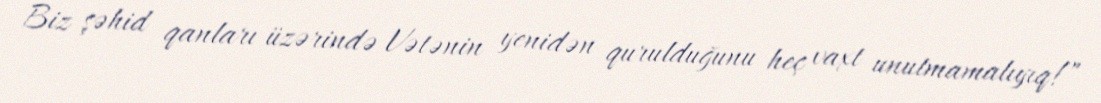
Biz şəhid qanları üzərində Vətənin yenidən qurulduğunu heç vaxt unutmamalıyıq!”